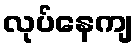
လုပ်နေကျ